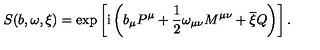
S ( b , \omega , \xi ) = \exp \left[ \mathrm { i } \left( b _ { \mu } P ^ { \mu } + \frac { 1 } { 2 } \omega _ { \mu \nu } M ^ { \mu \nu } + \overline { { \xi } } Q \right) \right] .